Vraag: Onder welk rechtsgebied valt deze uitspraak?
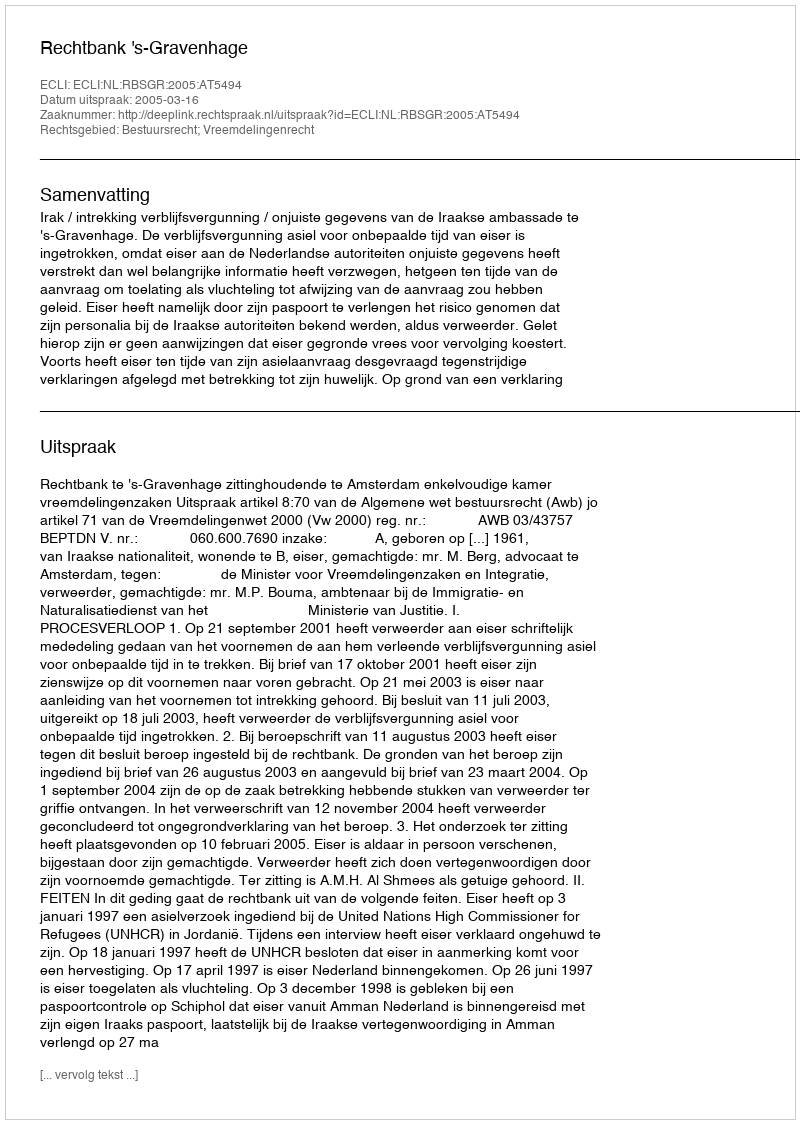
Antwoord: Bestuursrecht; Vreemdelingenrecht